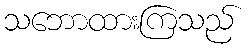
သဘောထားကြသည်